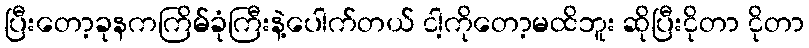
ပြီးတော့ခုနကကြိမ်ခုံကြီးနဲ့ပေါက်တယ် ငါ့ကိုတော့မထိဘူး ဆိုပြီးငိုတာ ငိုတာ